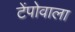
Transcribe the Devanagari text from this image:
टेंपोवाला